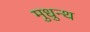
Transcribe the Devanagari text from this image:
मुधुन्थ